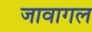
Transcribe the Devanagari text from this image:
जावागल